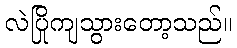
လဲပြိုကျသွားတော့သည်။